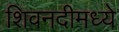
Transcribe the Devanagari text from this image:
शिवनदीमध्ये